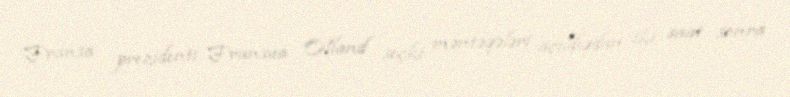
Fransa prezidenti Fransua Olland seçki məntəqələri açıldıqdan iki saat sonra